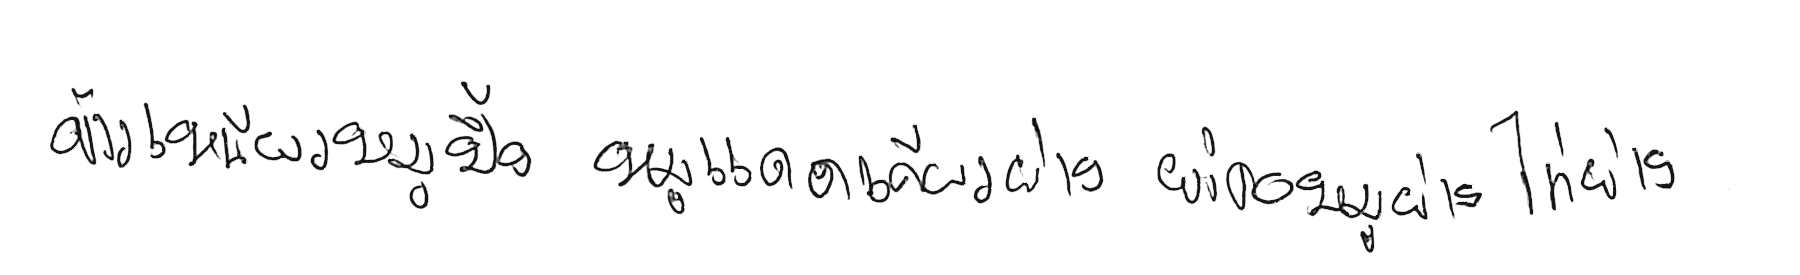
ข้าวเหนียวหมูปิ้ง หมูแดดเดียวย่าง ยำคอหมูย่าง ไก่ย่าง